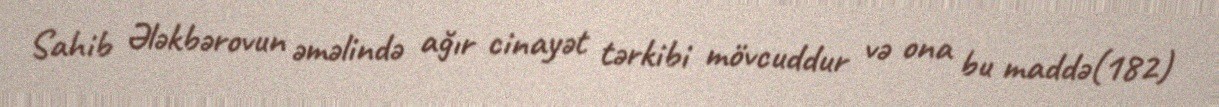
Sahib Ələkbərovun əməlində ağır cinayət tərkibi mövcuddur və ona bu maddə(182)